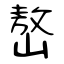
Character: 嶅